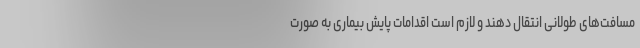
مسافت‌های طولانی انتقال دهند و لازم است اقدامات پایش بیماری به صورت